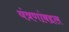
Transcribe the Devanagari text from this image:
यंत्रणांबद्दल